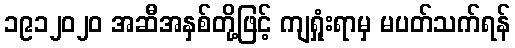
၁၉၁၂၀၂၀ အဆီအနှစ်တို့ဖြင့် ကျရှုံးရာမှ မပတ်သက်ရန်